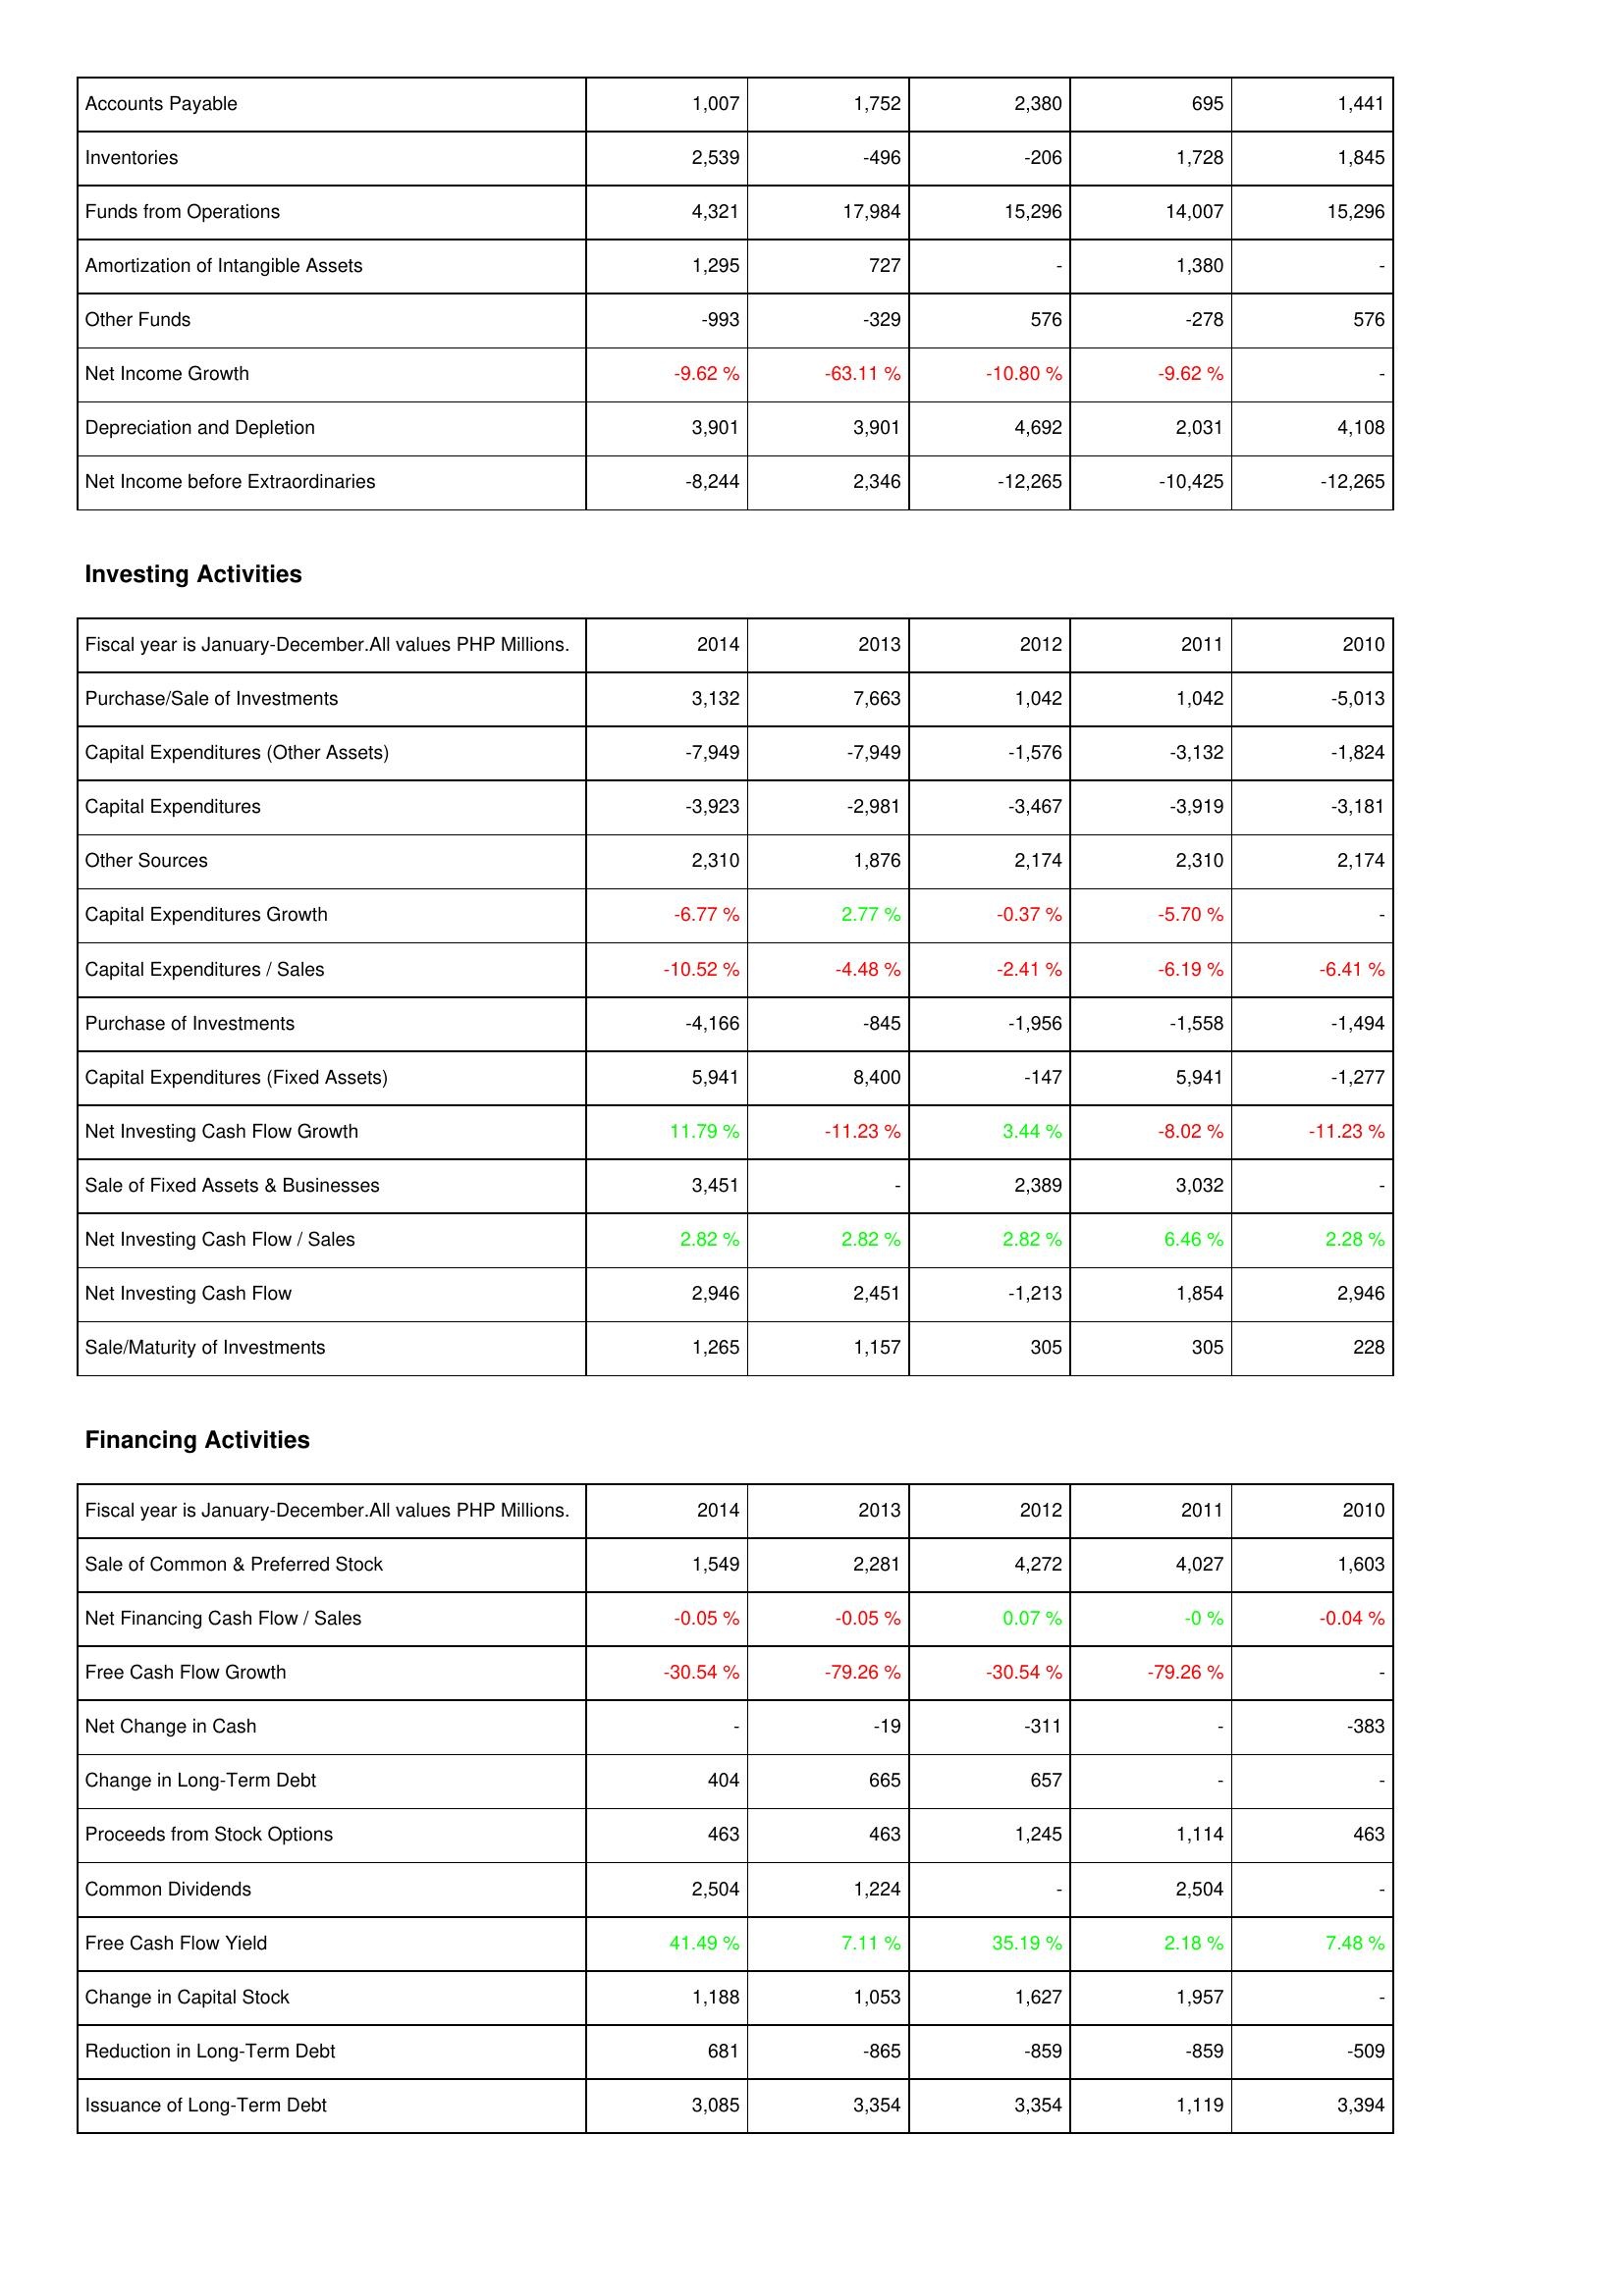
2014: Operating Activities: Accounts Payable: 1,007
Inventories: 2,539
Funds from Operations: 4,321
Amortization of Intangible Assets: 1,295
Other Funds: -993
Net Income Growth: -9.62 %
Depreciation and Depletion: 3,901
Net Income before Extraordinaries: -8,244
Investing Activities: Purchase/Sale of Investments: 3,132
Capital Expenditures (Other Assets): -7,949
Capital Expenditures: -3,923
Other Sources: 2,310
Capital Expenditures Growth: -6.77 %
Capital Expenditures / Sales: -10.52 %
Purchase of Investments: -4,166
Capital Expenditures (Fixed Assets): 5,941
Net Investing Cash Flow Growth: 11.79 %
Sale of Fixed Assets & Businesses: 3,451
Net Investing Cash Flow / Sales: 2.82 %
Net Investing Cash Flow: 2,946
Sale/Maturity of Investments: 1,265
Financing Activities: Sale of Common & Preferred Stock: 1,549
Net Financing Cash Flow / Sales: -0.05 %
Free Cash Flow Growth: -30.54 %
Net Change in Cash: -
Change in Long-Term Debt: 404
Proceeds from Stock Options: 463
Common Dividends: 2,504
Free Cash Flow Yield: 41.49 %
Change in Capital Stock: 1,188
Reduction in Long-Term Debt: 681
Issuance of Long-Term Debt: 3,085
2013: Operating Activities: Accounts Payable: 1,752
Inventories: -496
Funds from Operations: 17,984
Amortization of Intangible Assets: 727
Other Funds: -329
Net Income Growth: -63.11 %
Depreciation and Depletion: 3,901
Net Income before Extraordinaries: 2,346
Investing Activities: Purchase/Sale of Investments: 7,663
Capital Expenditures (Other Assets): -7,949
Capital Expenditures: -2,981
Other Sources: 1,876
Capital Expenditures Growth: 2.77 %
Capital Expenditures / Sales: -4.48 %
Purchase of Investments: -845
Capital Expenditures (Fixed Assets): 8,400
Net Investing Cash Flow Growth: -11.23 %
Sale of Fixed Assets & Businesses: -
Net Investing Cash Flow / Sales: 2.82 %
Net Investing Cash Flow: 2,451
Sale/Maturity of Investments: 1,157
Financing Activities: Sale of Common & Preferred Stock: 2,281
Net Financing Cash Flow / Sales: -0.05 %
Free Cash Flow Growth: -79.26 %
Net Change in Cash: -19
Change in Long-Term Debt: 665
Proceeds from Stock Options: 463
Common Dividends: 1,224
Free Cash Flow Yield: 7.11 %
Change in Capital Stock: 1,053
Reduction in Long-Term Debt: -865
Issuance of Long-Term Debt: 3,354
2012: Operating Activities: Accounts Payable: 2,380
Inventories: -206
Funds from Operations: 15,296
Amortization of Intangible Assets: -
Other Funds: 576
Net Income Growth: -10.80 %
Depreciation and Depletion: 4,692
Net Income before Extraordinaries: -12,265
Investing Activities: Purchase/Sale of Investments: 1,042
Capital Expenditures (Other Assets): -1,576
Capital Expenditures: -3,467
Other Sources: 2,174
Capital Expenditures Growth: -0.37 %
Capital Expenditures / Sales: -2.41 %
Purchase of Investments: -1,956
Capital Expenditures (Fixed Assets): -147
Net Investing Cash Flow Growth: 3.44 %
Sale of Fixed Assets & Businesses: 2,389
Net Investing Cash Flow / Sales: 2.82 %
Net Investing Cash Flow: -1,213
Sale/Maturity of Investments: 305
Financing Activities: Sale of Common & Preferred Stock: 4,272
Net Financing Cash Flow / Sales: 0.07 %
Free Cash Flow Growth: -30.54 %
Net Change in Cash: -311
Change in Long-Term Debt: 657
Proceeds from Stock Options: 1,245
Common Dividends: -
Free Cash Flow Yield: 35.19 %
Change in Capital Stock: 1,627
Reduction in Long-Term Debt: -859
Issuance of Long-Term Debt: 3,354
2011: Operating Activities: Accounts Payable: 695
Inventories: 1,728
Funds from Operations: 14,007
Amortization of Intangible Assets: 1,380
Other Funds: -278
Net Income Growth: -9.62 %
Depreciation and Depletion: 2,031
Net Income before Extraordinaries: -10,425
Investing Activities: Purchase/Sale of Investments: 1,042
Capital Expenditures (Other Assets): -3,132
Capital Expenditures: -3,919
Other Sources: 2,310
Capital Expenditures Growth: -5.70 %
Capital Expenditures / Sales: -6.19 %
Purchase of Investments: -1,558
Capital Expenditures (Fixed Assets): 5,941
Net Investing Cash Flow Growth: -8.02 %
Sale of Fixed Assets & Businesses: 3,032
Net Investing Cash Flow / Sales: 6.46 %
Net Investing Cash Flow: 1,854
Sale/Maturity of Investments: 305
Financing Activities: Sale of Common & Preferred Stock: 4,027
Net Financing Cash Flow / Sales: -0 %
Free Cash Flow Growth: -79.26 %
Net Change in Cash: -
Change in Long-Term Debt: -
Proceeds from Stock Options: 1,114
Common Dividends: 2,504
Free Cash Flow Yield: 2.18 %
Change in Capital Stock: 1,957
Reduction in Long-Term Debt: -859
Issuance of Long-Term Debt: 1,119
2010: Operating Activities: Accounts Payable: 1,441
Inventories: 1,845
Funds from Operations: 15,296
Amortization of Intangible Assets: -
Other Funds: 576
Net Income Growth: -
Depreciation and Depletion: 4,108
Net Income before Extraordinaries: -12,265
Investing Activities: Purchase/Sale of Investments: -5,013
Capital Expenditures (Other Assets): -1,824
Capital Expenditures: -3,181
Other Sources: 2,174
Capital Expenditures Growth: -
Capital Expenditures / Sales: -6.41 %
Purchase of Investments: -1,494
Capital Expenditures (Fixed Assets): -1,277
Net Investing Cash Flow Growth: -11.23 %
Sale of Fixed Assets & Businesses: -
Net Investing Cash Flow / Sales: 2.28 %
Net Investing Cash Flow: 2,946
Sale/Maturity of Investments: 228
Financing Activities: Sale of Common & Preferred Stock: 1,603
Net Financing Cash Flow / Sales: -0.04 %
Free Cash Flow Growth: -
Net Change in Cash: -383
Change in Long-Term Debt: -
Proceeds from Stock Options: 463
Common Dividends: -
Free Cash Flow Yield: 7.48 %
Change in Capital Stock: -
Reduction in Long-Term Debt: -509
Issuance of Long-Term Debt: 3,394